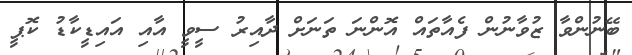
ބޭނުންވާ ޒުވާނުން ފެއާތައް އޮންނަ ތަނަށް ދާއިރު ސީވީ އާއި އައިޑީކާޑު ކޮޕީ